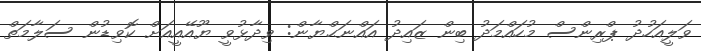
ވަލީއަހުދު ޕްރިންސް މުހައްމަދު ބިން ޒައިދު އައްނަޙްޔާން: ވިދާޅުވީ ޔޫއޭއީއަށް ކޮވިޑުން ސަލާމަތް